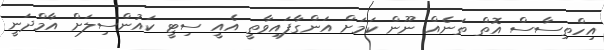
އިހްތިސާސް އޮތް ތަނެއް ނޫން ކަމަށް އަންގާފައިވާތީ އެއީ ސިޓީ ކައުންސިލަށް އާމްދަނީ